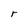
Character: r